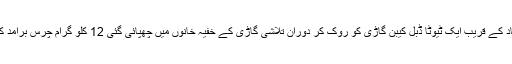
چوتھی کاروائی کے دوران اے این ایف راولپنڈی نے 26 نمبر چونگی بس سٹاپ، اسلام آباد کے قریب ایک ٹیوٹا ڈبل کیبن گاڑی کو روک کر دوران تلاشی گاڑی کے خفیہ خانوں میں چھپائی گئی 12 کلو گرام چرس برآمد کر کے موقع پر موجود اسلام آباد کے رہائشی میاں خالد پرویز نامی ملزم کو گرفتار کر لیا۔